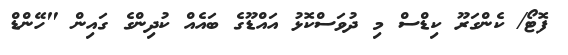
ފޮޓޯ/ ކެންގަރޫ ކިޑްސް މި ދުވަސްކޮޅު އައްޑޫގެ ބައެއް ކުދިންގެ ގައިން "ހޭންޑް